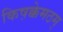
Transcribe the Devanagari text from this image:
किष़क्केमठम्